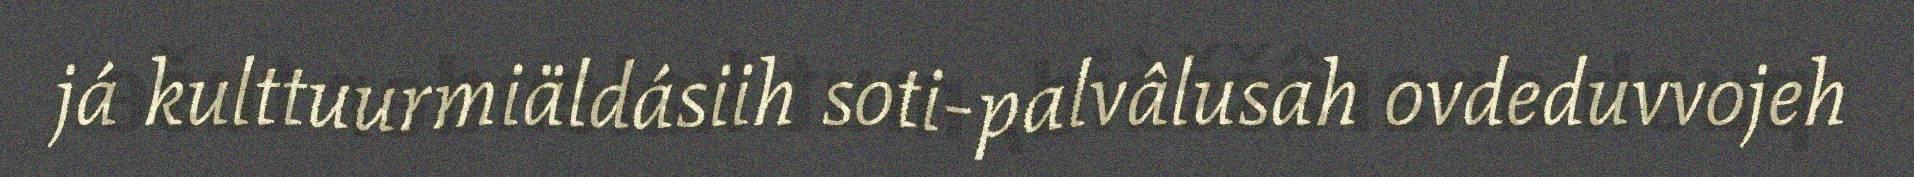
já kulttuurmiäldásiih soti-palvâlusah ovdeduvvojeh